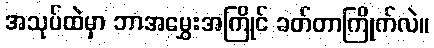
အသုပ်ထဲမှာ ဘာအမွှေးအကြိုင် ခတ်တာကြိုက်လဲ။